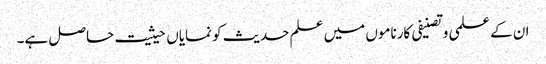
ان کے علمی وتصنیفی کارناموں میں علم حدیث کو نمایاں حیثیت حاصل ہے۔